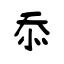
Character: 忝